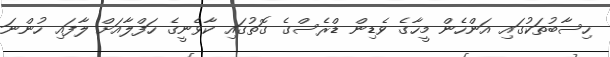
ހިސާބުތަކުގައި އަންހެން މީހާގެ ވެޑިން ޑްރެސްގެ ގޮތުގައި ކާވެނީގެ ހަފްލާއަށް ލާފައި ހުންނަ